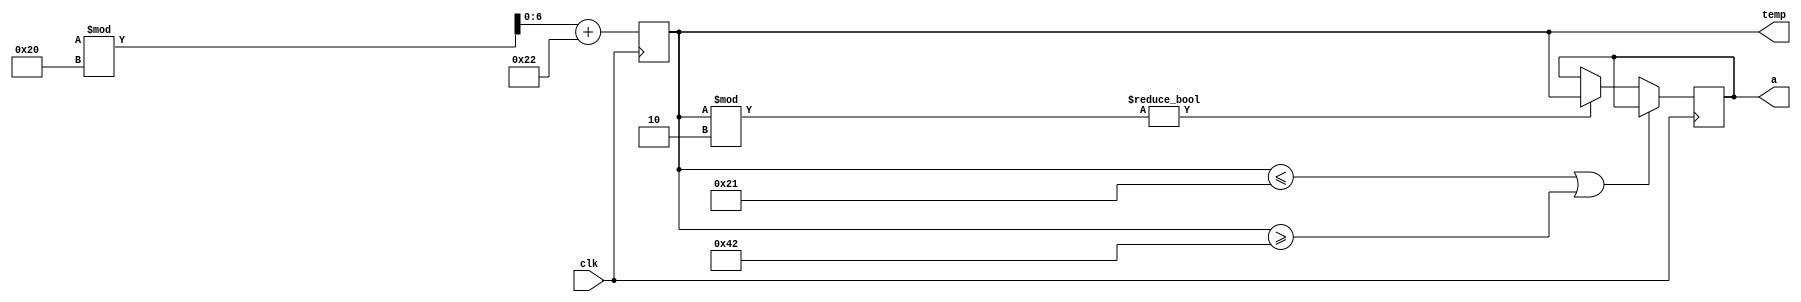
module random_odd_range_test (
				input clk,
				output reg [6:0] a,temp);
parameter underflow=7'd33, overflow=7'd66;
				
always@(posedge clk)
begin

	temp <= ({$random}%32)+34;		//generating positive values from 0 to 31 and then adding 34
	if(temp <= underflow || temp >= overflow)
			$display("Not within range");
	else if (temp %2 != 0)
			a<= temp;
end
endmodule
				
				
/*				
				
module random_odd_range_test (
				input clk,
				output reg [6:0] a,temp);
				
always@(posedge clk)
begin

	temp <= ({$random}%32)+34;				//generating positive values from 0 to 31 and then adding 34
	if(temp <=33 || temp >65)
			$display("FALSE");
	else if (temp %2 != 0)
			a<= temp;
end
endmodule



*/